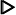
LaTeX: \pmb{\triangleright}